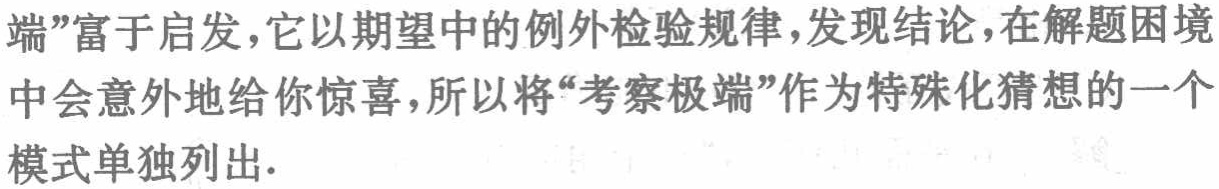
端”富于启发，它以期望中的例外检验规律，发现结论，在解题困境中会意外地给你惊喜，所以将“考察极端”作为特殊化猜想的一个模式单独列出.